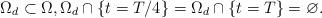
LaTeX: \begin{align*}\Omega _{d}\subset \Omega ,\Omega _{d}\cap \left\{ t=T/4\right\} =\Omega_{d}\cap \left\{ t=T\right\} =\varnothing . \end{align*}